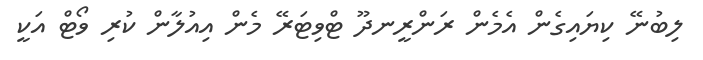
ލިބުނޭ ކިޔައިގެން އެމެން ރަންރީނދޫ ޓްވިޓަރޭ މެން އިއުލާން ކުރި ވޯޓް އަކީ